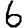
Digit: 6